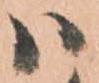
ハ